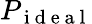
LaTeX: P_{\mathrm{~i~d~e~a~l~}}